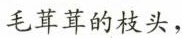
毛茸茸的枝头，